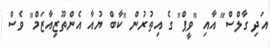
އަދި ގާލްސް" އާއި "ވީޕް" ގެ އިތުރުން "ކާބް ޔުއާ އެންތޫޒިއާޒަމް" ވެސް